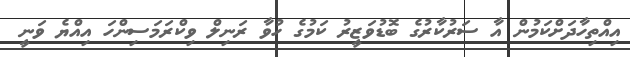
އިއްތިހާދަށްކަމުން އާ ސަރުކާރުގެ ބޮޑުވަޒީރު ކަމުގެ ހުވާ ރަނިލް ވިކްރަމަސިންހަ އިއްޔެ ވަނީ